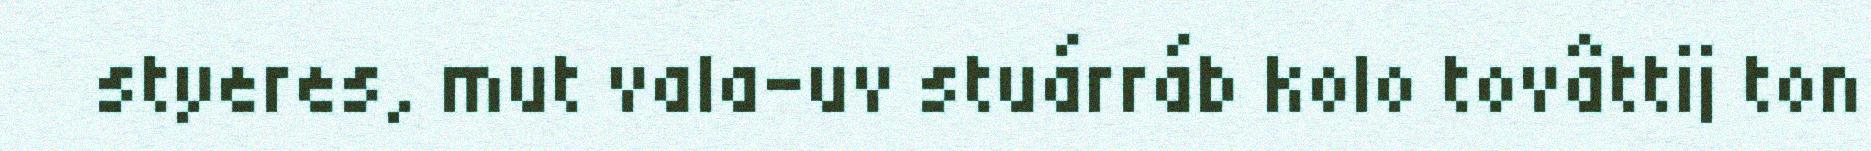
styeres, mut vala-uv stuárráb kolo tovâttij ton